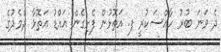
ދެ ވަނަ ބުރު ހާއްސަކުރީ ފ. އަތޮޅުން ފެށިގެން އައްޑު އަތޮޅާ ދެމެދުގެ